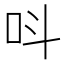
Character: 呌